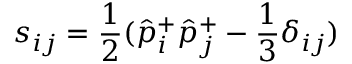
s _ { i j } = { \frac { 1 } { 2 } } ( \hat { p } _ { i } ^ { + } \hat { p } _ { j } ^ { + } - { \frac { 1 } { 3 } } \delta _ { i j } )